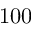
1 0 0